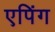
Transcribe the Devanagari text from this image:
एपिंग